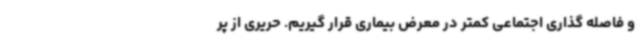
و فاصله گذاری اجتماعی کمتر در معرض بیماری قرار گیریم. حریری از پر